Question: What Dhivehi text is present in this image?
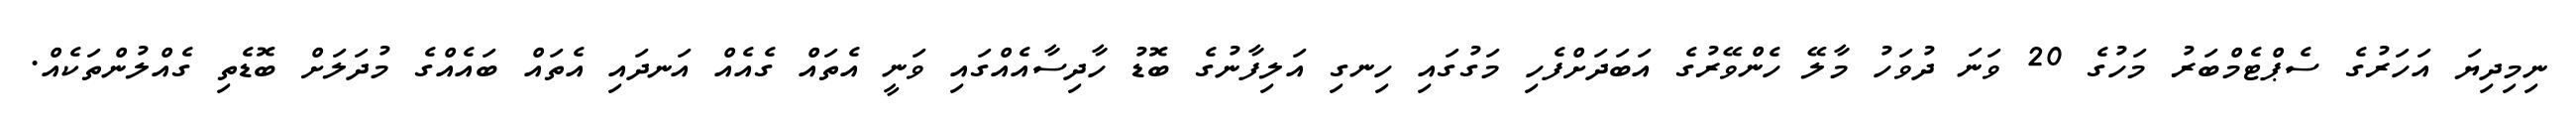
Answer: ނިމިދިޔަ އަހަރުގެ ސެޕްޓެމްބަރު މަހުގެ 20 ވަނަ ދުވަހު މާލޭ ހެންވޭރުގެ އަބަދަށްފެހި މަގުގައި ހިނގި އަލިފާނުގެ ބޮޑު ހާދިސާއެއްގައި ވަނީ އެތައް ގެއެއް އަނދައި އެތައް ބައެއްގެ މުދަލަށް ބޮޑެތި ގެއްލުންތަކެއް.